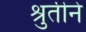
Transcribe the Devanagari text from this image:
श्रुतीने